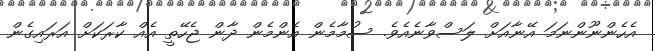
އެހެންނޫންނަމަ އޭނާއަށް ލަސްވާނެއެވެ. ސުމާމެން އެންމެން ދާން ޖެހޭތީ އެއް ކާރަކަށް އަރައިގެން